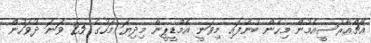
އެޗްއާރުސީއެމުން މިހެން ބުނެފައި މިވަނީ އެމްޑީޕީން މިދިޔަ މަހުގެ 25 ވަނަ ދުވަހުން